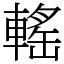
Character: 𨍳